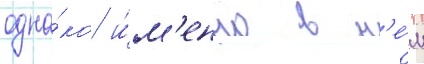
одна́ко и́м'енно в н'е́м